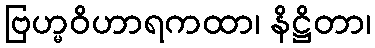
ဗြဟ္မဝိဟာရကထာ၊ နိဋ္ဌိတာ၊